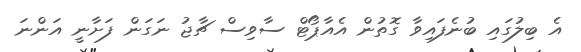
އެ ބިލުގައި ބުނެފައިވާ ގޮތުން އެއާޕޯޓް ސާވިސް ޗާޖު ނަގަން ފަށާނީ އަންނަ